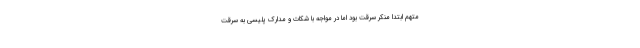
متهم ابتدا منکر سرقت بود اما در مواجه با شکات و مدارک پلیسی به سرقت